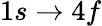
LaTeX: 1s\to 4f